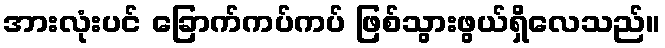
အားလုံးပင် ခြောက်ကပ်ကပ် ဖြစ်သွားဖွယ်ရှိလေသည်။